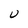
Character: U